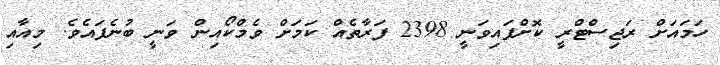
ހަމައަށް ރަޖިސްޓްރީ ކޮށްފައިވަނީ 2398 ފަރާތެއް ކަމަށް ވެމްކޯއިން ވަނީ ބުނެފައެވެ. މިއާއި